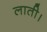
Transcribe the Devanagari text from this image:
लाती।